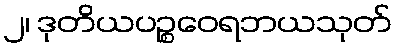
၂၊ ဒုတိယပဉ္စဝေရဘယသုတ်